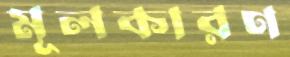
মূলকারণ